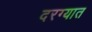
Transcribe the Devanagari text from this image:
दरग्यात